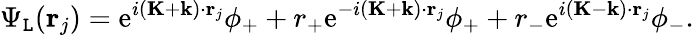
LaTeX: \Psi_{\mathtt{L}}(\mathbf{{r}}_{j})=\mathrm{{e}}^{i(\mathbf{{K}}+\mathbf{{k}})\cdot\mathbf{{r}}_{j}}\phi_{+}+r_{+}\mathrm{{e}}^{-i(\mathbf{{K}}+\mathbf{{k}})\cdot\mathbf{{r}}_{j}}\phi_{+}+r_{-}\mathrm{{e}}^{i(\mathbf{{K}}-\mathbf{{k}})\cdot\mathbf{{r}}_{j}}\phi_{-}.